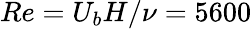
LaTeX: Re=U_{b}H/{\nu}=5600